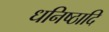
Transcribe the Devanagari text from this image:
धनिष्ठादि